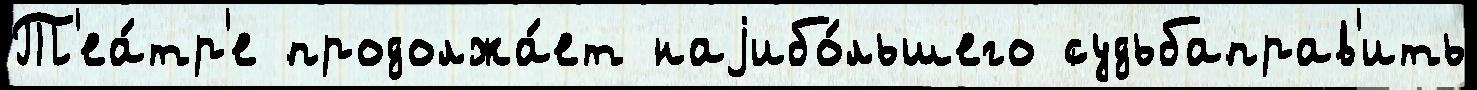
Т'еа́тр'е продолжа́ет наjибо́льшего судьбаправ'ить